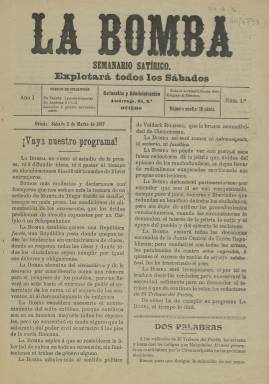
Título: La Bomba (Oviedo)
Colección: Periódicos || Revistas satíricas y humorísticas
Ámbito geográfico: Asturias
Lugar de publicación: Oviedo [Asturias]
Fechas: 02/03/1907-02/03/1907